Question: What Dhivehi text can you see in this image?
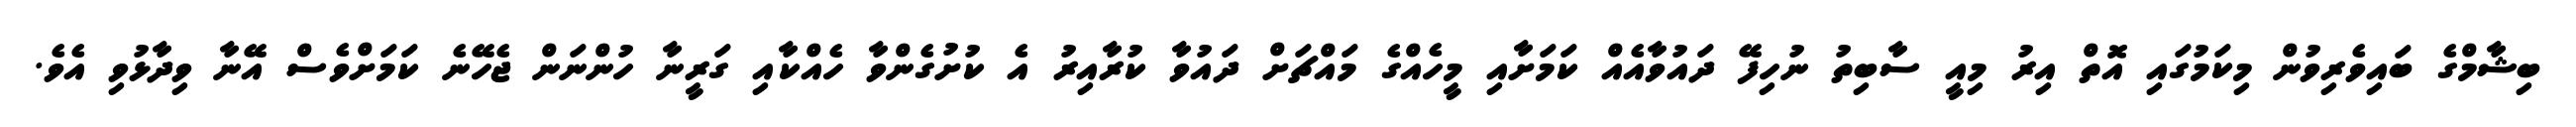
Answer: ބިޝާމްގެ ބައިވެރިވުން މިކަމުގައި އޮތް އިރު މިއީ ސާބިތު ނުހިފޭ ދައުވާއެއް ކަމަށާއި މީހެއްގެ މައްޗަށް ދައުވާ ކުރާއިރު އެ ކުށުގެންވާ ހެއްކާއި ގަރީނާ ހުންނަން ޖެހޭނެ ކަމަށްވެސް އޭނާ ވިދާޅުވި އެވެ.